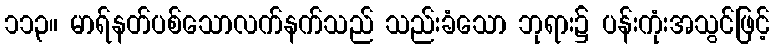
၁၁၃။ မာရ်နတ်ပစ်သောလက်နက်သည် သည်းခံသော ဘုရား၌ ပန်းကုံးအသွင်ဖြင့်